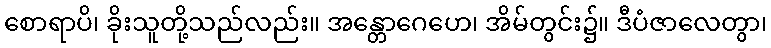
စောရာပိ၊ ခိုးသူတို့သည်လည်း။ အန္တောဂေဟေ၊ အိမ်တွင်း၌။ ဒီပံဇာလေတွာ၊